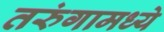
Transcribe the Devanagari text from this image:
तरुंगामध्ये